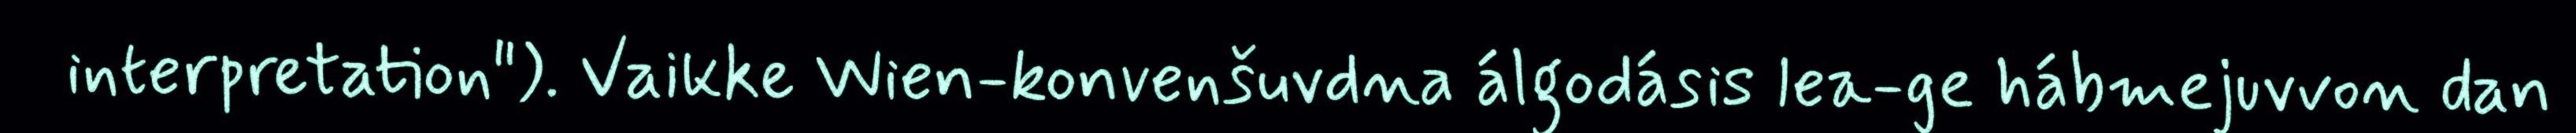
interpretation"). Vaikke Wien-konvenšuvdna álgodásis lea-ge hábmejuvvon dan